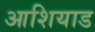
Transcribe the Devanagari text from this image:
आशियाड